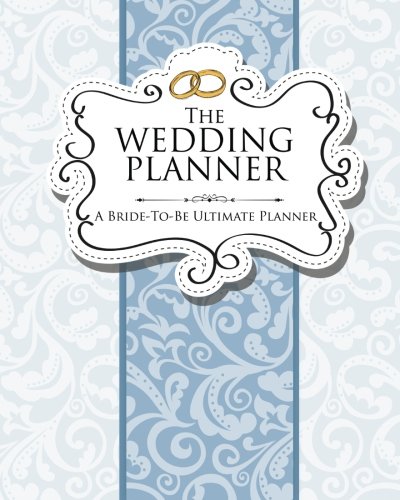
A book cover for The Wedding Planner: A Bride-To-Be Ultimate Planner; Speedy Publishing LLC; Crafts, Hobbies & Home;